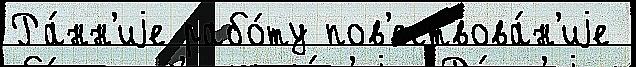
Ра́нн'иjе рабо́ту пов'ествова́н'иjе